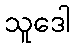
သူဒေါ